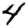
Digit: 4